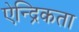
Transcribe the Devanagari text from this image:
ऐन्द्रिकता